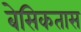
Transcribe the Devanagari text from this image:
बेसिकतास